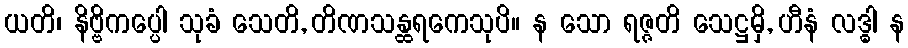
ယတိ၊ နိဗ္ဗိကပ္ပေါ သုခံ သေတိ, တိဏသန္ထရကေသုပိ။ န သော ရဇ္ဇတိ သေဋ္ဌမှိ, ဟီနံ လဒ္ဓါ န